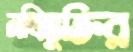
নথিভুক্তির